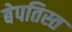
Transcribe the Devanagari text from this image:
बेपतिस्त